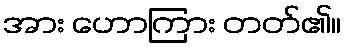
အား ဟောကြား တတ်၏။